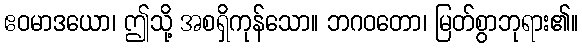
ဧဝမာဒယော၊ ဤသို့ အစရှိကုန်သော။ ဘဂဝတော၊ မြတ်စွာဘုရား၏။